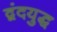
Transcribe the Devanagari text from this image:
द्वंदयुद्ध